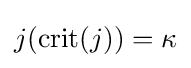
j({\textrm {crit}}(j))=\kappa